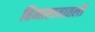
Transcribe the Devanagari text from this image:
हिमालयातली